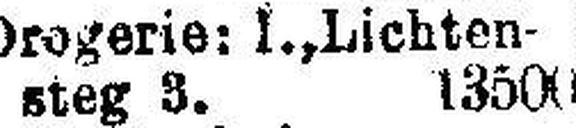
steg 3. 13500